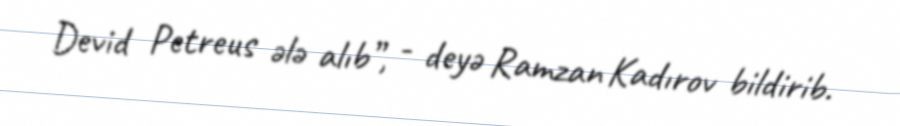
Devid Petreus ələ alıb”, - deyə Ramzan Kadırov bildirib.